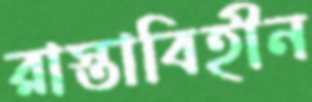
রাস্তাবিহীন